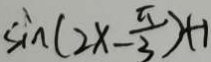
\sin ( 2 x - \frac { \pi } { 3 } ) + 1